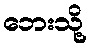
ဘေးသို့